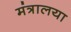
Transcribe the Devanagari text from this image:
मंत्रालया